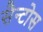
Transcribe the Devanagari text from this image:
सैन्टोस